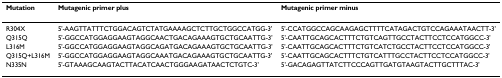
<table><thead><tr><td><b>Mutation</b></td><td><b>Mutagenic primer plus</b></td><td><b>Mutagenic primer minus</b></td></tr></thead><tbody><tr><td>R304X</td><td>5&#x27;-AAGTTATTTCTGGACAGTCTATGAAAAGCTCTTGCTGGCCATGG-3&#x27;</td><td>5&#x27;-CCATGGCCAGCAAGAGCTTTTCATAGACTGTCCAGAAATAACTT-3&#x27;</td></tr><tr><td>Q315Q</td><td>5&#x27;-GGCCATGGAGGAAGTAGGCAACTGACAGAAAGTGCTGCAATTG-3&#x27;</td><td>5&#x27;-CAATTGCAGCACTTTCTGTCAGTTGCCTACTTCCTCCATGGCC-3&#x27;</td></tr><tr><td>L316M</td><td>5&#x27;-GGCCATGGAGGAAGTAGGCAGATGACAGAAAGTGCTGCAATTG-3&#x27;</td><td>5&#x27;-CAATTGCAGCACTTTCTGTCATCTGCCTACTTCCTCCATGGCC-3&#x27;</td></tr><tr><td>Q315Q+L316M</td><td>5&#x27;-GGCCATGGAGGAAGTAGGCAAATGACAGAAAGTGCTGCAATTG-3&#x27;</td><td>5&#x27;-CAATTGCAGCACTTTCTGTCATTTGCCTACTTCCTCCATGGCC-3&#x27;</td></tr><tr><td>N335N</td><td>5&#x27;-GTAAAGCAAGTACTTACATCAACTGGGAAGATAACTCTGTC-3&#x27;</td><td>5&#x27;-GACAGAGTTATCTTCCCAGTTGATGTAAGTACTTGCTTTAC-3&#x27;</td></tr></tbody></table>